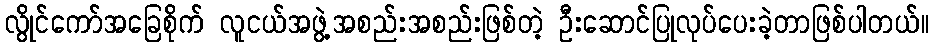
လွိုင်ကော်အခြေစိုက် လူငယ်အဖွဲ့အစည်းအစည်းဖြစ်တဲ့ ဦးဆောင်ပြုလုပ်ပေးခဲ့တာဖြစ်ပါတယ်။